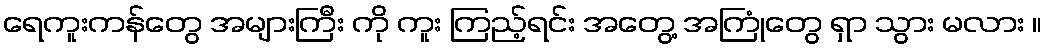
ရေကူးကန်တွေ အများကြီး ကို ကူး ကြည့်ရင်း အတွေ့ အကြုံတွေ ရှာ သွား မလား ။